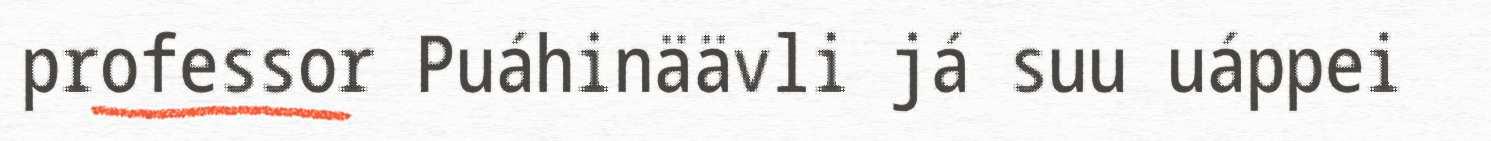
professor Puáhinäävli já suu uáppei